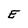
Character: E